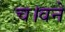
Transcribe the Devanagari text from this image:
च।वने